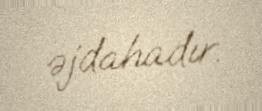
əjdahadır.